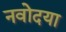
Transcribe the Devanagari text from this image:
नवोदया